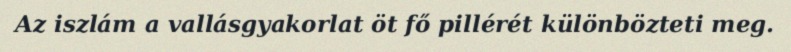
Az iszlám a vallásgyakorlat öt fő pillérét különbözteti meg.